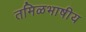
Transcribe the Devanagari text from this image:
तमिळभाषीय